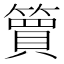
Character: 簤